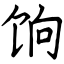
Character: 饷